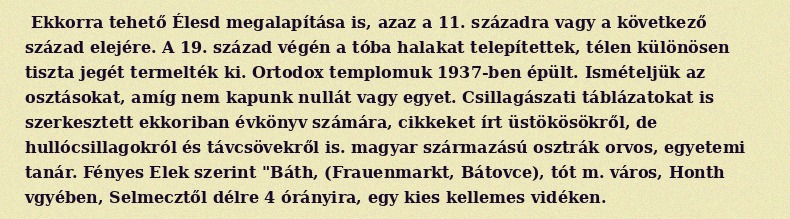
Ekkorra tehető Élesd megalapítása is, azaz a 11. századra vagy a következő század elejére. A 19. század végén a tóba halakat telepítettek, télen különösen tiszta jegét termelték ki. Ortodox templomuk 1937-ben épült. Ismételjük az osztásokat, amíg nem kapunk nullát vagy egyet. Csillagászati táblázatokat is szerkesztett ekkoriban évkönyv számára, cikkeket írt üstökösökről, de hullócsillagokról és távcsövekről is. magyar származású osztrák orvos, egyetemi tanár. Fényes Elek szerint "Báth, (Frauenmarkt, Bátovce), tót m. város, Honth vgyében, Selmecztől délre 4 órányira, egy kies kellemes vidéken.